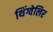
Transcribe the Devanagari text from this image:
थिंग्वेलिर